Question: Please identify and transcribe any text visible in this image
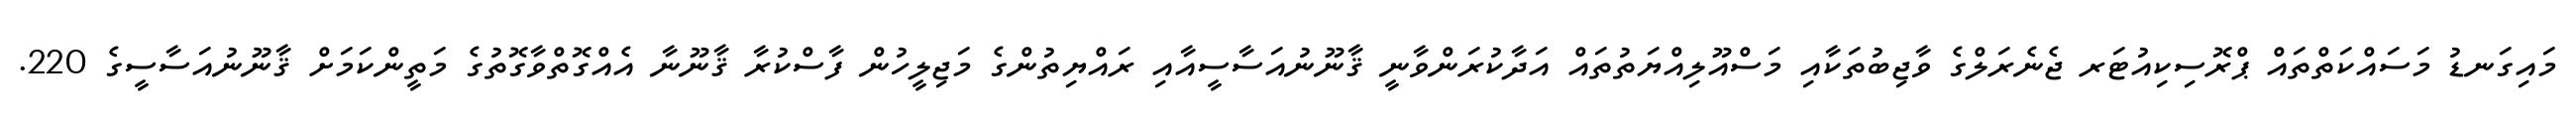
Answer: މައިގަނޑު މަސައްކަތްތައް ޕްރޮސިކިއުޓަރ ޖެނެރަލްގެ ވާޖިބުތަކާއި މަސްއޫލިއްޔަތުތައް އަދާކުރަންވާނީ ޤާނޫނުއަސާސީއާއި ރައްޔިތުންގެ މަޖިލީހުން ފާސްކުރާ ޤާނޫނާ އެއްގޮތްވާގޮތުގެ މަތީންކަމަށް ޤާނޫނުއަސާސީގެ 220.